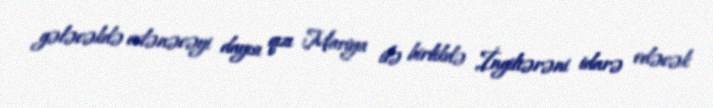
gələcəkdə evlənəcəyi dayısı qızı Mariya ilə birlikdə İngiltərəni idarə edəcək